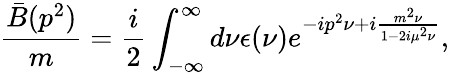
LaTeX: \frac{\bar{B}(p^{2})}{m}=\frac{i}{2}\int_{-\infty}^{\infty}d\nu\epsilon(\nu)e^{-ip^{2}\nu+i{\frac{m^{2}\nu}{1-2i\mu^{2}\nu}}},